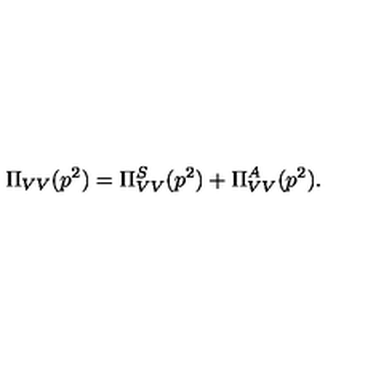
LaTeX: \Pi _ { V V } ( p ^ { 2 } ) = \Pi _ { V V } ^ { S } ( p ^ { 2 } ) + \Pi _ { V V } ^ { A } ( p ^ { 2 } ) .